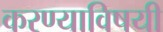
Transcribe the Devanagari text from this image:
करण्‍याविषयी